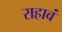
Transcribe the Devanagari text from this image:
राहावं